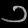
Digit: ၁